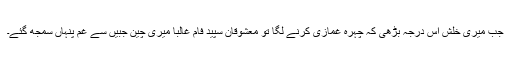
جب میری خلش اس درجہ بڑھی کہ چہرہ غمازی کرنے لگا تو معشوقانِ سپید فام غالباً میری چینِ جبیں سے غمِ پنہاں سمجھ گئے۔